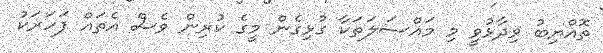
ތޮއްޔިބު ވިދާޅުވީ މި މައްސަލަތަކާ ގުޅިގެން މީގެ ކުރިން ވެސް އެތައް ފަހަރަކު